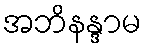
အဘိနန္ဒာမ